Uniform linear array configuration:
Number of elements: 24
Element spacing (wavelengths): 0.75
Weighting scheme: cosine
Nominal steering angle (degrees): -15
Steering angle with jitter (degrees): -16.986
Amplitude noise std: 0.05
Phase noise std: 0.05

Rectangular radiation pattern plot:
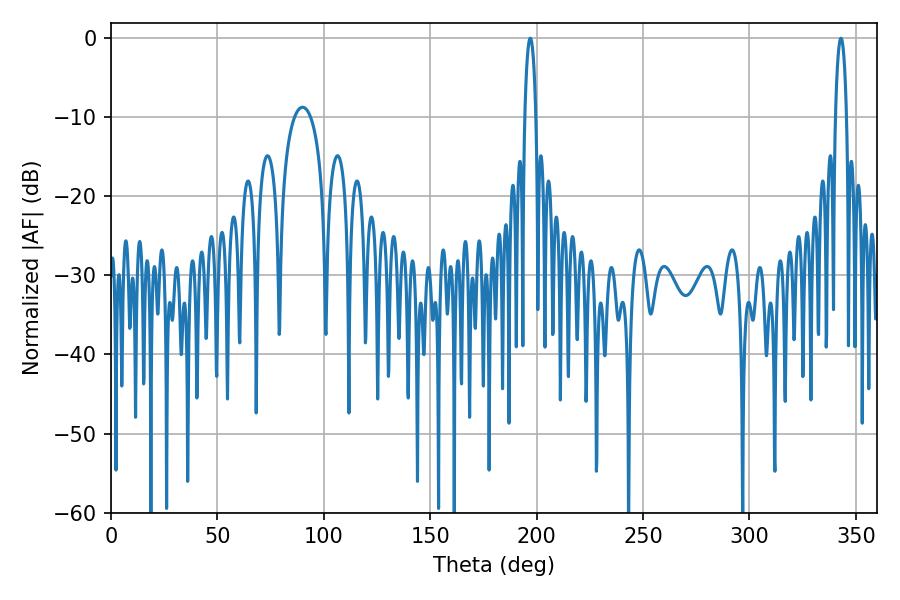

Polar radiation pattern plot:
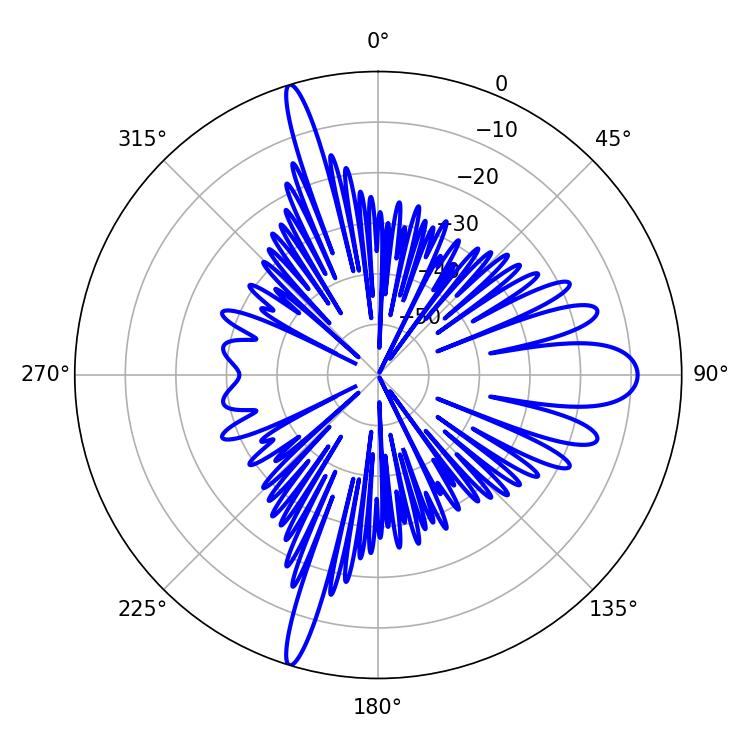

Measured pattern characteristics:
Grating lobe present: TRUE
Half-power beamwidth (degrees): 3.06
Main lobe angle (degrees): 196.92